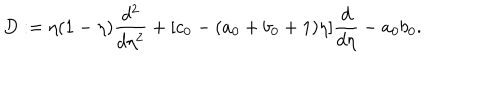
LaTeX: D : = \eta ( 1 - \eta ) \frac { d ^ { 2 } } { d \eta ^ { 2 } } + [ c _ { 0 } - ( a _ { 0 } + b _ { 0 } + 1 ) \eta ] \frac { d } { d \eta } - a _ { 0 } b _ { 0 } .